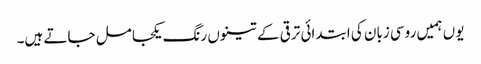
یوں ہمیں روسی زبان کی ابتدائی ترقی کے تینوں رنگ یکجا مل جاتے ہیں۔